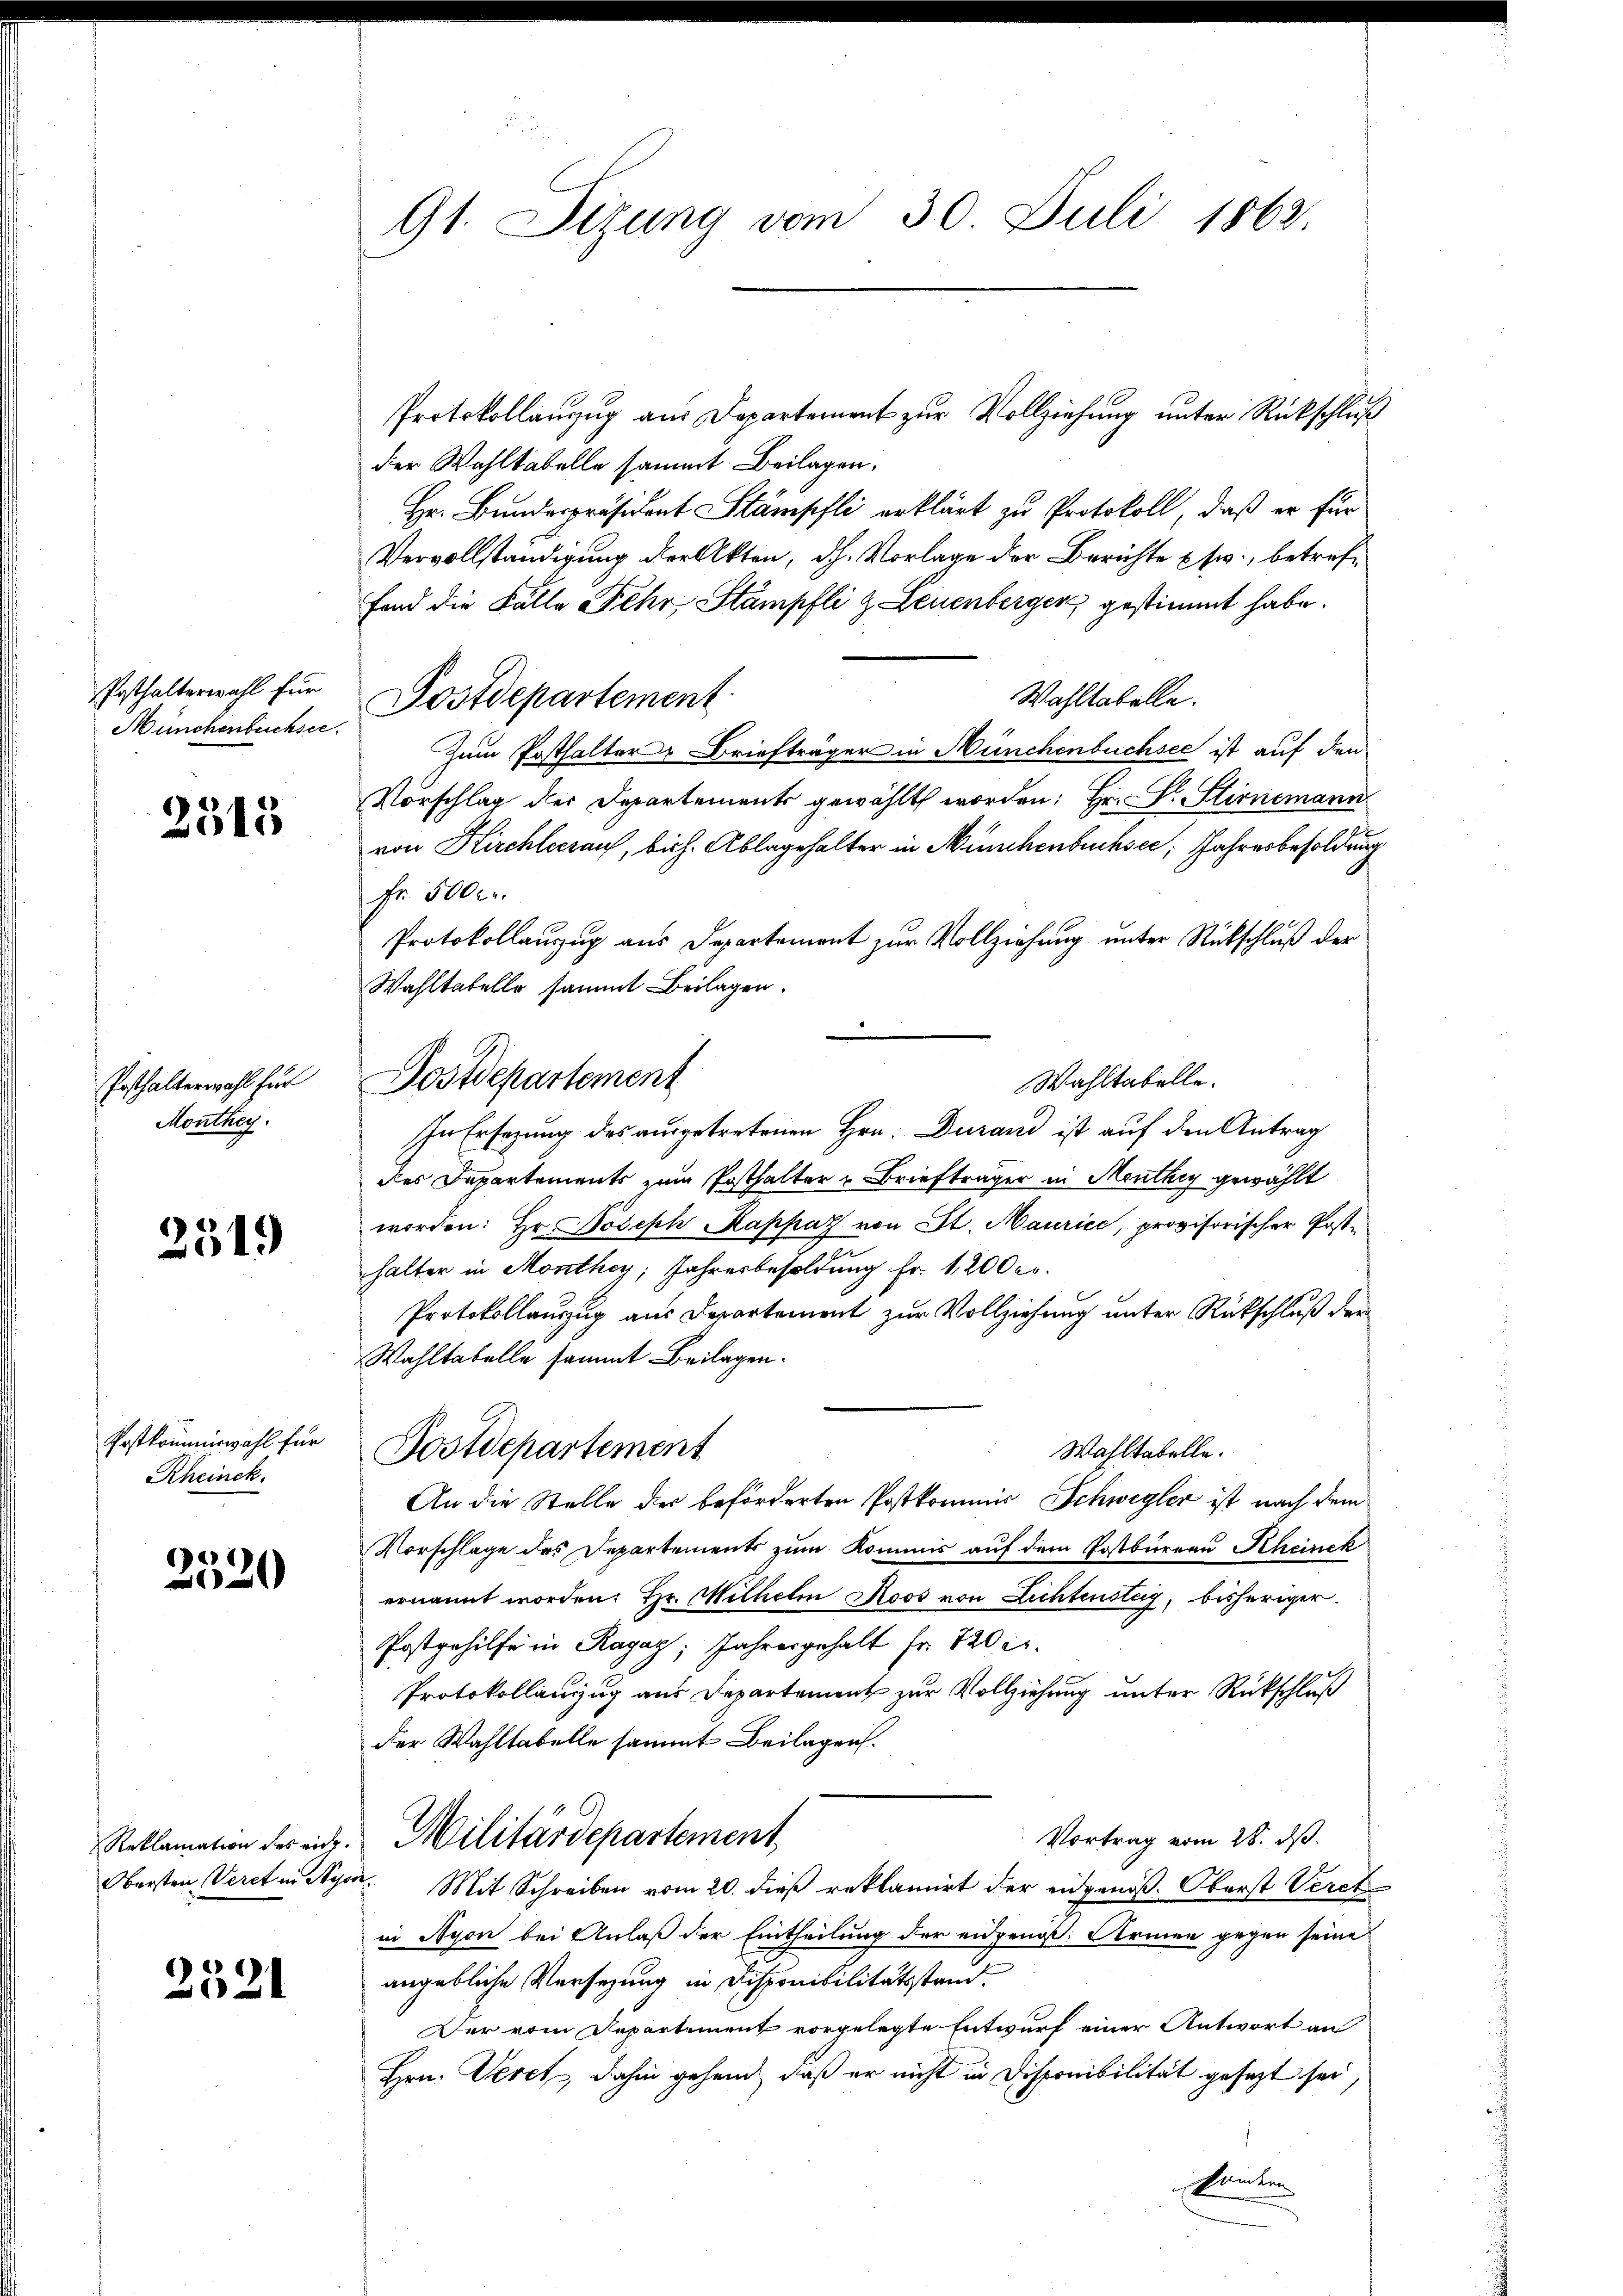
Posthalterwahl für
Münchenbuchsee.

2515

Monthey

2519

Rheinek.

2520

2521

91. Sizung vom 30. Juli 1862.

Protokollanzug aus Departement zur Vollziehung unter Rückschluß
der Wahltabelle sammt Beilagen.
Hr. Bundespräsident Stämpfli erklärt zu Protokoll, daß er für
Vervollständigung der Akten, dh. Vorlage der Berichte usw., betreffand die Fälle Fehr Stämpfli & Leuenberger, gestimmt habe.
Wahltabelle.
Postdepartement
Zum Posthalter Briefträger in Münchenbuchsee ist auf den
Vorschlag der Departements gewählt worden; Hr. L. Stirnemann
von Kirchleerauf, bish. Ablagehalter in Münchenbuchsee, Jahresbesoldung
Fr. 5000.
Protokollauszug aus Departement zur Vollziehung unter Rückschluß der
Wahltatelle sammt Beilagen.
Wahltabelle.
Prthaltermahl für Postdepartement
In Ersezung des ausgetretenen Hrn. Durand ist auf den Antrag
des Departements zum Posthalter u Briefträger in Menthey gewählt
worden: Hr. Joseph Rappaz von St. Maurice, provisorischer Posthalter in Monthey, Jahresbesoldung fr. 1200 c.
Protokollauszug aus Departement zur Vollziehung unter Rückschluß der
Wahltabelle sammt Beilagen.
Postkommiswahl für Postdepartement
Wahltabelle.
An die Stelle der beförderten Postkommis Schwegler ist nach dem
Vorschlage des Departements zum Kommis auf dem Postbüreau Rheinek
ernannt worden. Hr. Wilhelm Moos von Lichtensteig, bisheriger.
Postgehilfe in Ragag; Jahresgehalt fr. 220 l.
Protokollanzug aus Departement zur Vollziehung unter Rückschluß
der Wahltabelle sammt Beilagen.
Vortrag vom 28. ds.
Reklamation des eidg. Militärdepartement
Obersten Veret in Styen. Mit Schreiben vom 20. dieß reklamirt der eingenoß. Oberst Veret
in Nyon bei Anlaß der Eintheilung der eidgenoß: Armen gegen seine
angebliche Versezung in Disponibilitätsstand.
Der vom Departement vorgelegte Entwurf einer Antwort an
Hrn. Veret, dahin gehen, daß er nicht in Disponibilität gesezt sei,
sondern